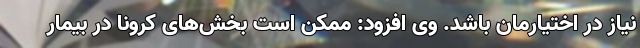
نیاز در اختیارمان باشد. وی افزود: ممکن است بخش‌های کرونا در بیمار